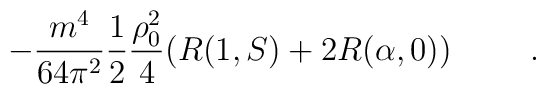
-\frac{m^4}{64\pi ^2}\frac 12\frac{\rho _0^2}4(R(1,S)+2R(\alpha ,0)) \hspace{1cm}.